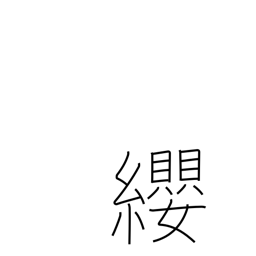
Meaning: breast harness